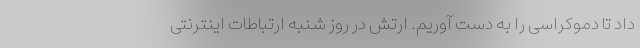
داد تا دموکراسی را به دست آوریم. ارتش در روز شنبه ارتباطات اینترنتی